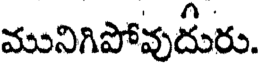
మునిగిపోవుదురు.